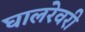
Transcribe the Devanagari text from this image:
घालरेवरी